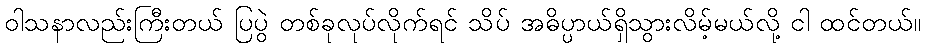
ဝါသနာလည်းကြီးတယ် ပြပွဲ တစ်ခုလုပ်လိုက်ရင် သိပ် အဓိပ္ပာယ်ရှိသွားလိမ့်မယ်လို့ ငါ ထင်တယ်။